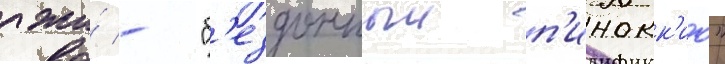
лжи́ - "б'ездонныи п'инокк'ио"